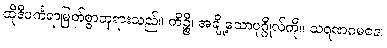
ထိုဒီပင်္ကရာမြတ်စွာဘုရားသည်။ ကိဉ္စိ၊ အချို့သောပုဂ္ဂိုလ်ကို။ သရဏဂမနေ၊